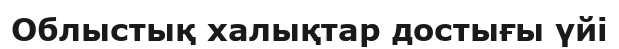
Облыстық халықтар достығы үйі